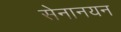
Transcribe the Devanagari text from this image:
सेनानयन